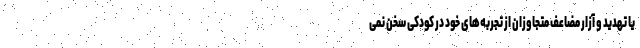
یا تهدید و آزار مضاعف متجاوزان از تجربه‌های خود در کودکی سخن نمی‌